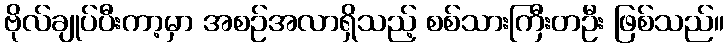
ဗိုလ်ချုပ်ပီးကာ့မှာ အစဉ်အလာရှိသည့် စစ်သားကြီးတဦး ဖြစ်သည်။